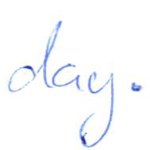
Text: day.
Cross-out: clean
Writing tool: ballpoint